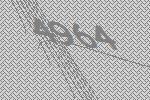
4964